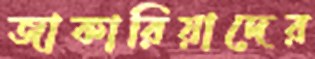
জাকারিয়াদের